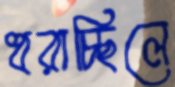
ধরাচ্ছিলে